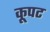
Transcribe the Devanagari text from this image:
कूपट